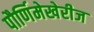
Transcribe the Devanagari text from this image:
पौर्णिमेखेरीज